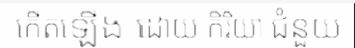
កើតឡើង ដោយ កិរិយា ជំនួយ